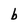
Character: b